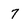
Character: 7